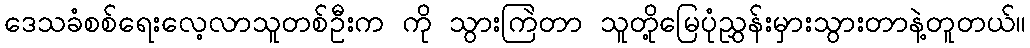
ဒေသခံစစ်ရေးလေ့လာသူတစ်ဦးက ကို သွားကြဲတာ သူတို့မြေပုံညွှန်းမှားသွားတာနဲ့တူတယ်။